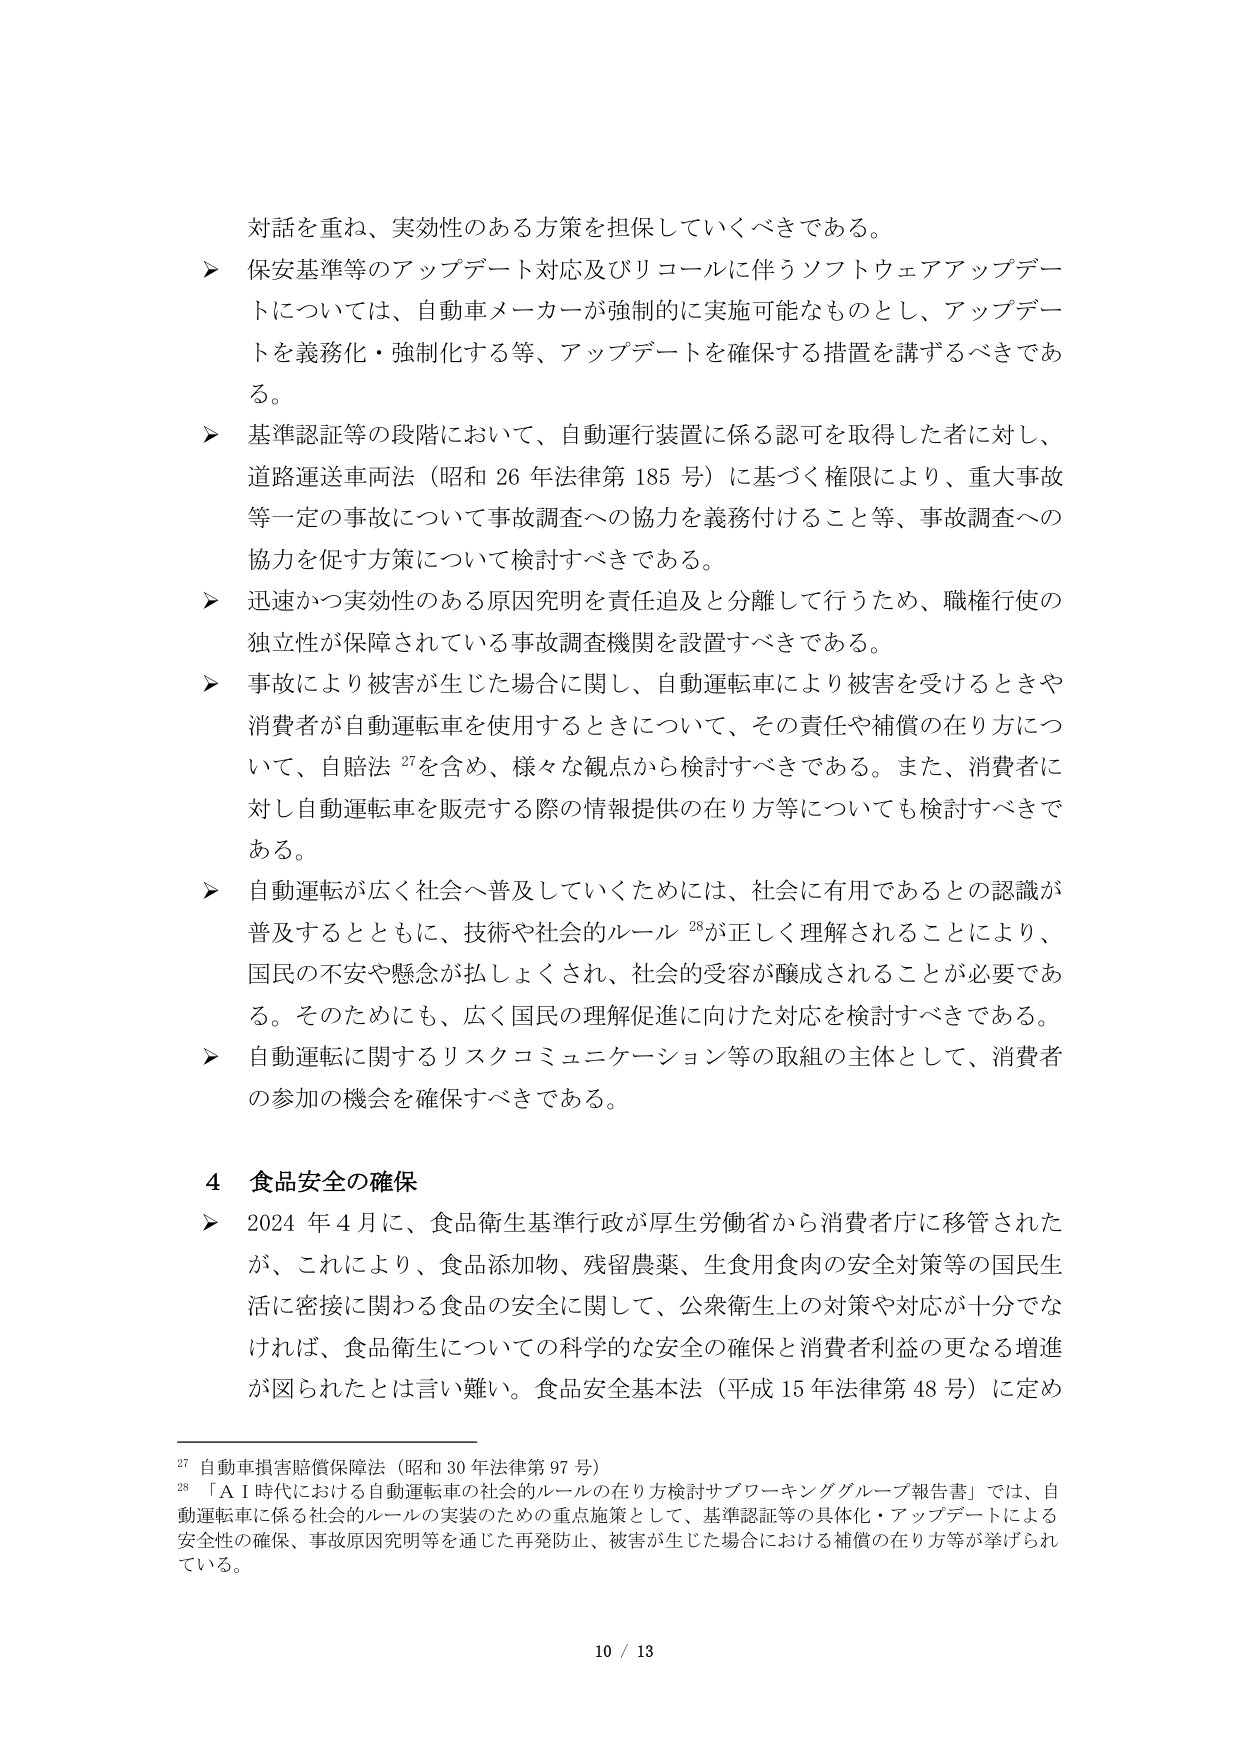
対話を重ね、実効性のある方策を担保していくべきである。

➤ 保安基準等のアップデート対応及びリコールに伴うソフトウェアアップデートについては、自動車メーカーが強制的に実施可能なものとし、アップデートを義務化・強制化する等、アップデートを確保する措置を講ずるべきである。

➤ 基準認証等の段階において、自動運行装置に係る認可を取得した者に対し、道路運送車両法（昭和26年法律第185号）に基づく権限により、重大事故等一定の事故について事故調査への協力を義務付けること等、事故調査への協力を促す方策について検討すべきである。

➤ 迅速かつ実効性のある原因究明を責任追及と分離して行うため、職権行使の独立性が保障されている事故調査機関を設置すべきである。

➤ 事故により被害が生じた場合に関し、自動運転車により被害を受けるときや消費者が自動運転車を使用するときについて、その責任や補償の在り方について、自賠法27を含め、様々な観点から検討すべきである。また、消費者に対し自動運転車を販売する際の情報提供の在り方等についても検討すべきである。

➤ 自動運転が広く社会へ普及していくためには、社会に有用であるとの認識が普及するとともに、技術や社会的ルール28が正しく理解されることにより、国民の不安や懸念が払しょくされ、社会的受容が醸成されることが必要である。そのためにも、広く国民の理解促進に向けた対応を検討すべきである。

➤ 自動運転に関するリスクコミュニケーション等の取組の主体として、消費者の参加の機会を確保すべきである。

4 食品安全の確保

➤ 2024年4月に、食品衛生基準行政が厚生労働省から消費者庁に移管されたが、これにより、食品添加物、残留農薬、生食用食肉の安全対策等の国民生活に密接に関わる食品の安全に関して、公衆衛生上の対策や対応が十分でなければ、食品衛生についての科学的な安全の確保と消費者利益の更なる増進が図られたとは言い難い。食品安全基本法（平成15年法律第48号）に定め

27 自動車損害賠償保障法（昭和30年法律第97号）

28 「AI時代における自動運転車の社会的ルールの在り方検討サブワーキンググループ報告書」では、自動運転車に係る社会的ルールの実装のための重点施策として、基準認証等の具体化・アップデートによる安全性の確保、事故原因究明等を通じた再発防止、被害が生じた場合における補償の在り方等が挙げられている。

10 / 13